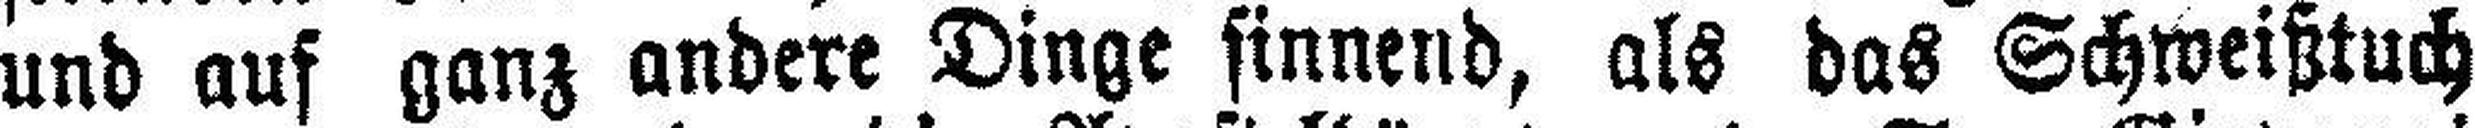
und auf ganz andere Dinge sinnend, als das Schweißtuch